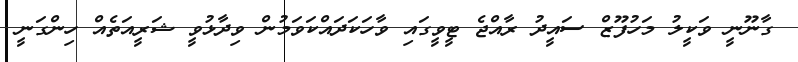
ގާނޫނީ ވަކީލު މަހުފޫޒް ސައީދު ރާއްޖެ ޓީވީގައި ވާހަކަދައްކަވަމުން ވިދާޅުވީ ޝަރީއަތެއް ހިންގަނީ